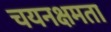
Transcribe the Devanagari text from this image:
चयनक्षमता